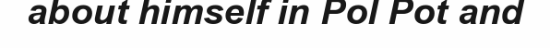
about himself in Pol Pot and